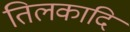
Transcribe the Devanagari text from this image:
तिलकादि